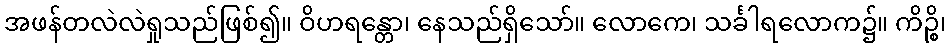
အဖန်တလဲလဲရှုသည်ဖြစ်၍။ ဝိဟရန္တော၊ နေသည်ရှိသော်။ လောကေ၊ သင်္ခါရလောက၌။ ကိဉ္စိ၊